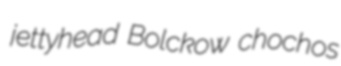
jettyhead Bolckow chochos